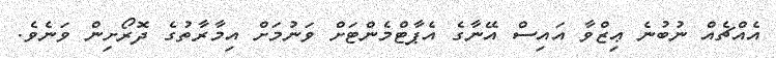
އެއްޗެއް ނުބުނެ ޢިޒްވާ އައިސް އޭނާގެ އެޕާޓްމެންޓަށް ވަނުމަށް އިމާރާތުގެ ދޮރޯށިން ވަނެވެ.